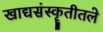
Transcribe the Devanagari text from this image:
खाद्यसंस्कॄतीतले